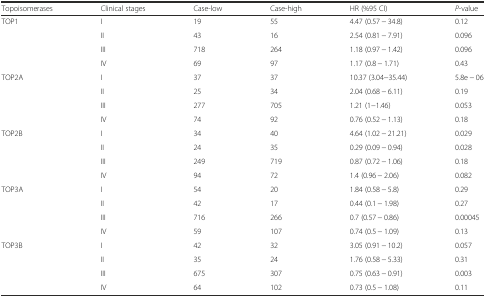
| Topoisomerases | Clinical stages | Case-low | Case-high | HR (%95 CI) | P-value |
 | --- | --- | --- | --- | --- | --- |
 | TOP1 | I | 19 | 55 | 4.47 (0.57 − 34.8) | 0.12 |
 |  | II | 43 | 16 | 2.54 (0.81 − 7.91) | 0.096 |
 |  | III | 718 | 264 | 1.18 (0.97 − 1.42) | 0.096 |
 |  | IV | 69 | 97 | 1.17 (0.8 − 1.71) | 0.43 |
 | TOP2A | I | 37 | 37 | 10.37 (3.04−35.44) | 5.8e − 06 |
 |  | II | 25 | 34 | 2.04 (0.68 − 6.11) | 0.19 |
 |  | III | 277 | 705 | 1.21 (1−1.46) | 0.053 |
 |  | IV | 74 | 92 | 0.76 (0.52 − 1.13) | 0.18 |
 | TOP2B | I | 34 | 40 | 4.64 (1.02 − 21.21) | 0.029 |
 |  | II | 24 | 35 | 0.29 (0.09 − 0.94) | 0.028 |
 |  | III | 249 | 719 | 0.87 (0.72 − 1.06) | 0.18 |
 |  | IV | 94 | 72 | 1.4 (0.96 − 2.06) | 0.082 |
 | TOP3A | I | 54 | 20 | 1.84 (0.58 − 5.8) | 0.29 |
 |  | II | 42 | 17 | 0.44 (0.1 − 1.98) | 0.27 |
 |  | III | 716 | 266 | 0.7 (0.57 − 0.86) | 0.00045 |
 |  | IV | 59 | 107 | 0.74 (0.5 − 1.09) | 0.13 |
 | TOP3B | I | 42 | 32 | 3.05 (0.91 − 10.2) | 0.057 |
 |  | II | 35 | 24 | 1.76 (0.58 − 5.33) | 0.31 |
 |  | III | 675 | 307 | 0.75 (0.63 − 0.91) | 0.003 |
 |  | IV | 64 | 102 | 0.73 (0.5 − 1.08) | 0.11 |